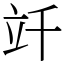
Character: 竏